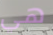
هي